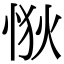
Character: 𢙹